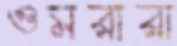
ওমরারা